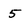
Character: 5